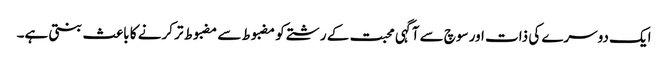
ایک دوسرے کی ذات اور سوچ سے آگہی محبت کے رشتے کو مضبوط سے مضبوط تر کرنے کا باعث بنتی ہے۔